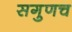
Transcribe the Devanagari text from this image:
सगुणच